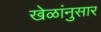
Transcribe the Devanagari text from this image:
खेळांनुसार